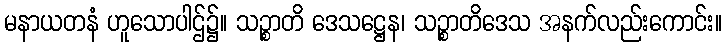
မနာယတနံ ဟူသောပါဌ်၌။ သဉ္စာတိ ဒေသဋ္ဌေန၊ သဉ္စာတိဒေသ အနက်လည်းကောင်း။